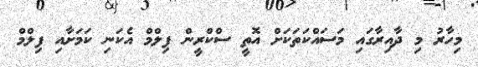
މިހާރު މި ދާއިރާގައި މަސައްކަތަކަށް އޮތީ ސްކްރީން ފިލްމް އެކަނި ކަމަށާއި ފިލްމް